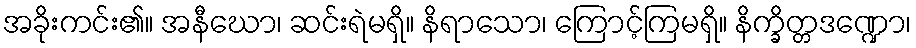
အခိုးကင်း၏။ အနီဃော၊ ဆင်းရဲမရှိ။ နိရာသော၊ ကြောင့်ကြမရှိ။ နိက္ခိတ္တဒဏ္ဍော၊